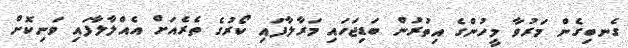
ގެނބިގެން މަރުވާ މީހުންގެ އިތުރުން ބަޑިޖަހައި މަރާލާފައި ކޯރުގެ ތެރެއަށް އެއްލާލާފައި ވަނިކޮށް